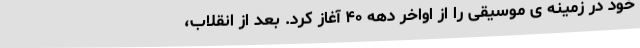
خود در زمینه ی موسیقی را از اواخر دهه ۴۰ آغاز کرد. بعد از انقلاب،